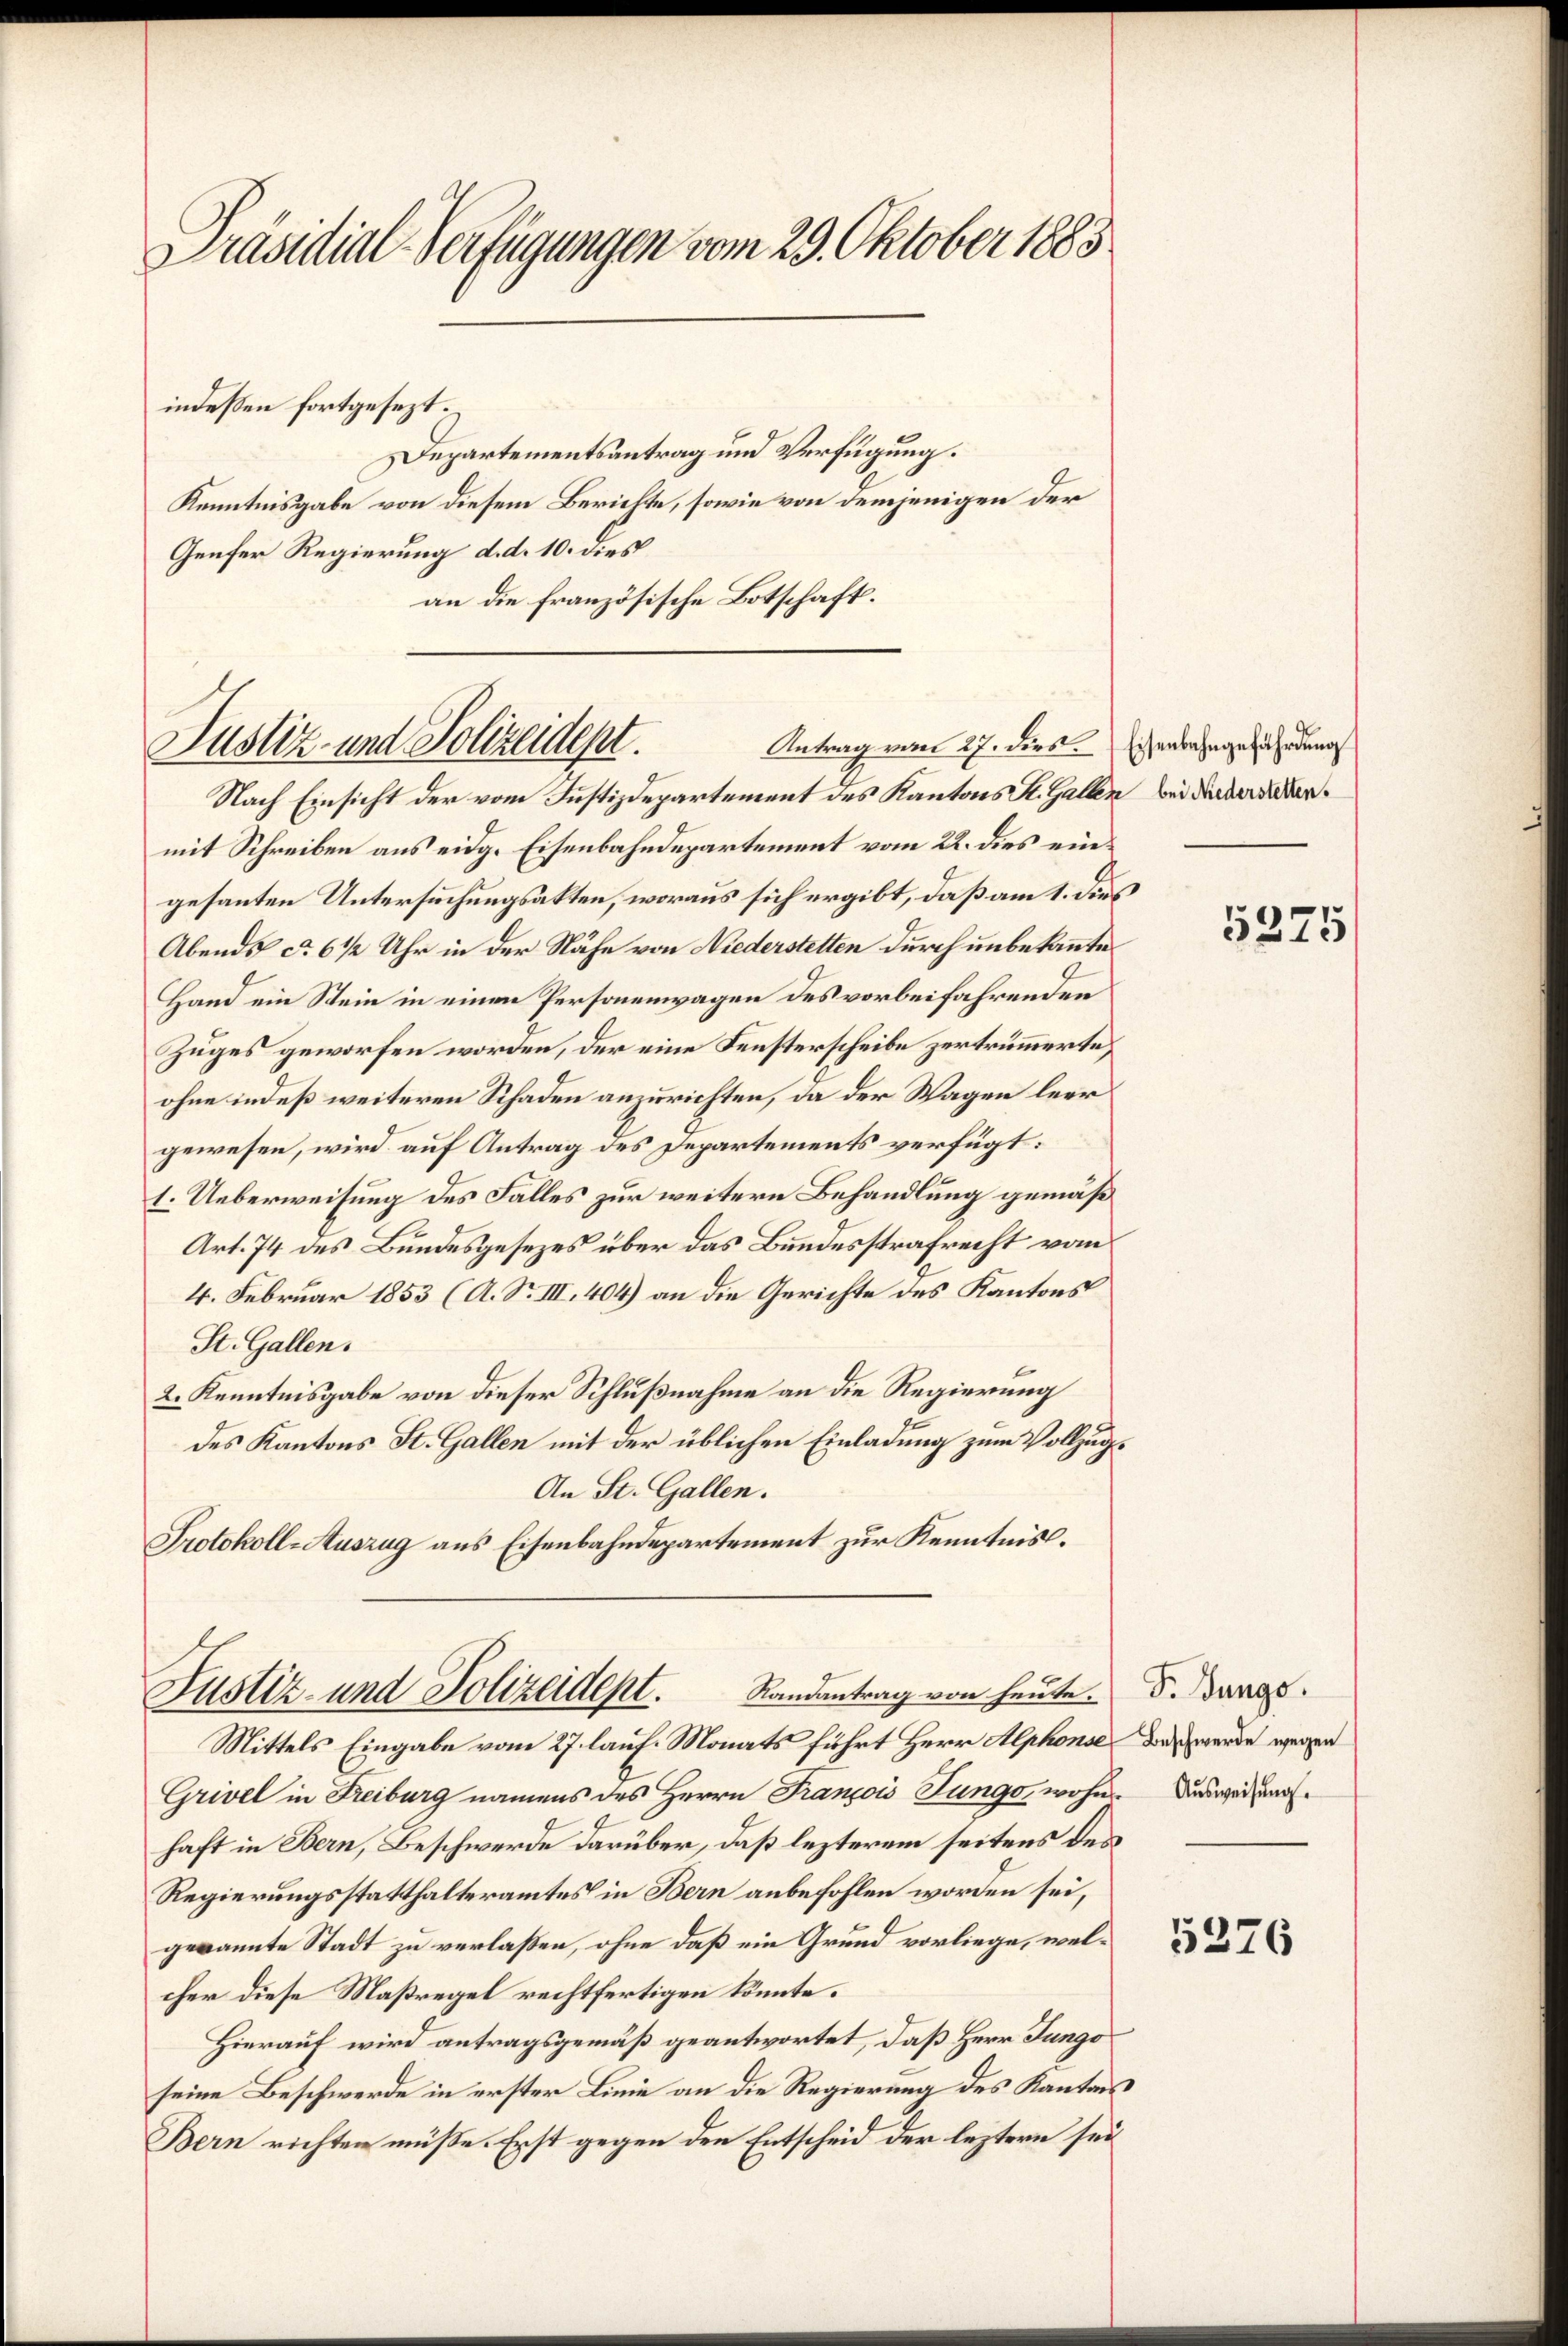
Präsidial-Verfügungen vom 29. Oktober 1883

Departementsantrag und Verfügung.
Kenntnisgabe von diesem Berichte, sowie von demjenigen der
Genfer Regierung d. d. 10. dies
an die französische Botschaft.

indeßen fortgesezt.

Antrag vom 27. dies
Justiz- und Polizeidept.

Nach Einsicht der vom Justizdepartement des Kantons St. Gallen bei deceddermit Schreiben aus eidg. Eisenbahndepartement vom 22. dies eingesanten Untersuchungsakten, woraus sich ergibt, daß am 1. dies
Abends ca 6 1/2 Uhr in der Nähe von Niederstetten durch unbekannte
Hand ein Stein in einen Personenwagen des vorbeifahrenden
Zuges geworfen worden, der eine Fensterscheibe zertrümmerte,
ohne indeß weiteren Schaden anzurichten, da der Wagen leer
gewesen, wird auf Antrag des Departements verfügt:
1. Ueberweisung des Falles zur weitern Behandlung gemäß
Art. 74 des Bundesgesezes über das Bundesstrafrecht vom
4. Februar 1853 (A. S. III. 404) an die Gerichte des Kantons
St. Gallen.
2. Kenntnisgabe von dieser Schlußnahme an die Regierung
des Kantons St. Gallen mit der üblichen Einladung zum Vollzug¬
An St. Gallen.
Protokoll-Auszug aus Eisenbahndepartement zur Kenntnis.
Randantrag von heute. F. Bungs
Justiz- und Polizeident.
Mittels Eingabe vom 27. lauf. Monats führt Herr Alphonse die werde wegen
Grivel in Freiburg namens des Herrn François Jungo, wohne Ausweisung
haft in Bern, Beschwerde darüber, daß lezterem seitens des
Regierungsstatthalteramtes in Bern anbefohlen worden sei,
gekannte Stadt zu verlaßen, ohne daß ein Grund vorliege, welcher diese Maßregel rechtfertigen könnte.
Hierauf wird antragsgemäß geantwortet, daß Herr Jungo
seine Beschwerde in erster Linie an die Regierung des Kantons
Bern richten müße. Erst gegen den Entscheid der leztern sei

Eisenbahngefährdung

5376

5375